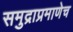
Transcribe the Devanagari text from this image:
समुद्राप्रमाणेच